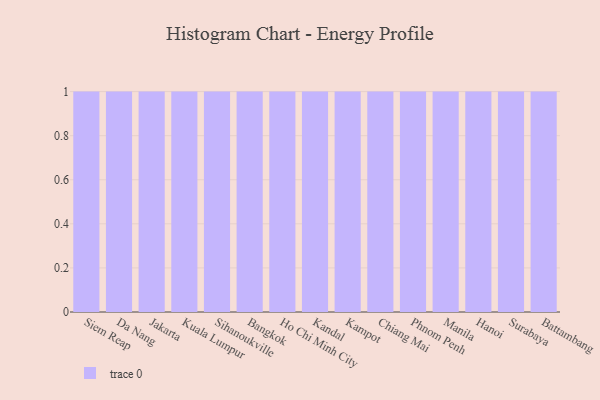
{"axis": {"x": "City", "y": "Active Users"}, "legend": [""], "data": [{"x": "Siem Reap", "y": 25, "type": ""}, {"x": "Da Nang", "y": 29, "type": ""}, {"x": "Jakarta", "y": 26, "type": ""}, {"x": "Kuala Lumpur", "y": 77, "type": ""}, {"x": "Sihanoukville", "y": 13, "type": ""}, {"x": "Bangkok", "y": 65, "type": ""}, {"x": "Ho Chi Minh City", "y": 100, "type": ""}, {"x": "Kandal", "y": 39, "type": ""}, {"x": "Kampot", "y": 4, "type": ""}, {"x": "Chiang Mai", "y": 74, "type": ""}, {"x": "Phnom Penh", "y": 17, "type": ""}, {"x": "Manila", "y": 7, "type": ""}, {"x": "Hanoi", "y": 30, "type": ""}, {"x": "Surabaya", "y": 39, "type": ""}, {"x": "Battambang", "y": 17, "type": ""}]}